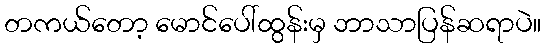
တကယ်တော့ မောင်ပေါ်ထွန်းမှ ဘာသာပြန်ဆရာပဲ။